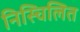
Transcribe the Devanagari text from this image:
निस्चिलित